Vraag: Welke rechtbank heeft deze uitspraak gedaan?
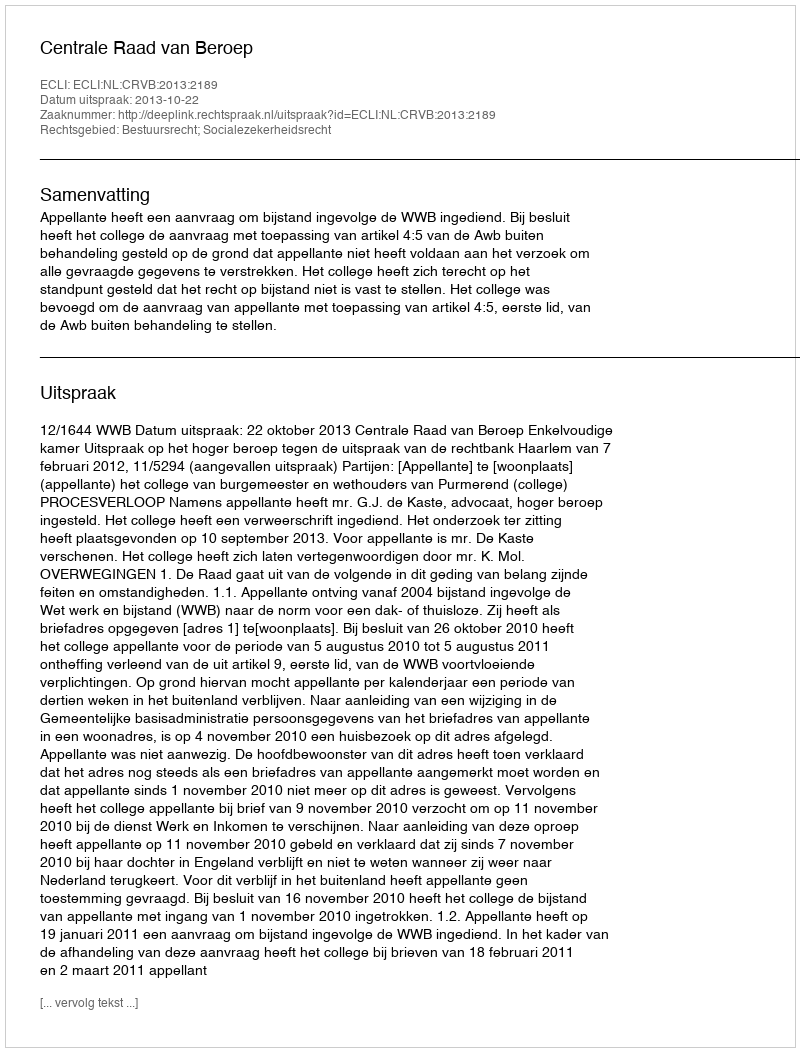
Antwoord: Centrale Raad van Beroep